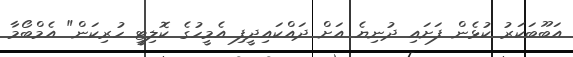
އަބޫބަކަރު ކުޅެން ފަށައި ދުނިޔެ އަށް ދައްކައިދީފި އެމީހުގެ ކޮލިޓީ ހުރިކަން" އެމްބޯމާ